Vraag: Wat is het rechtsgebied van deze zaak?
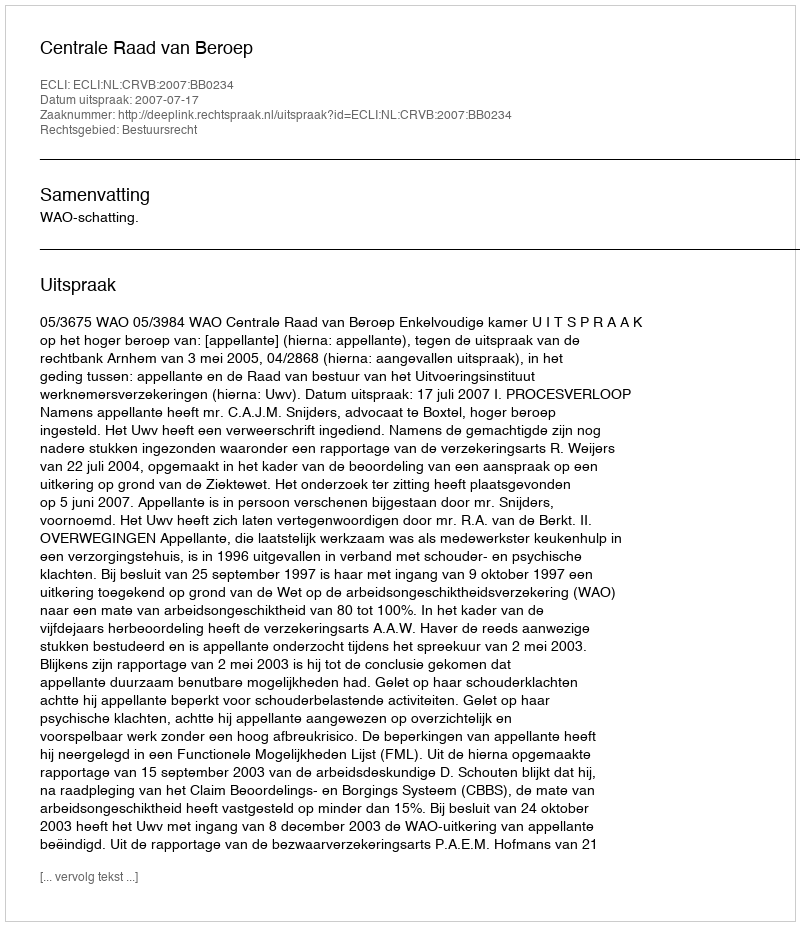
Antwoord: Bestuursrecht